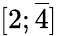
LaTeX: [2;{\overline{{4}}}]